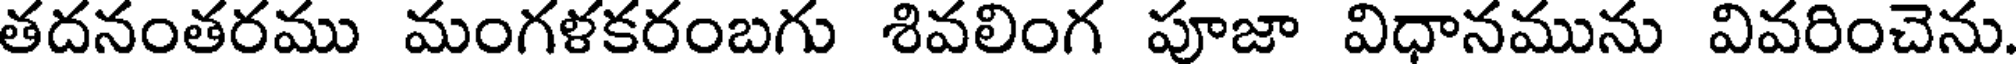
తదనంతరము మంగళకరంబగు శివలింగ పూజా విధానమును వివరించెను.